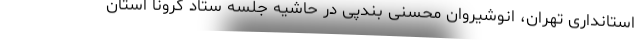
استانداری تهران، انوشیروان محسنی بندپی در حاشیه جلسه ستاد کرونا استان